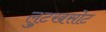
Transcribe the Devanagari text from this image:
लुटखसोट